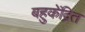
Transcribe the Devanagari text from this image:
बहुकेंद्रित